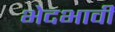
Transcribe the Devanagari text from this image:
भेदभावी